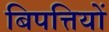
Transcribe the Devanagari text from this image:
बिपत्तियों